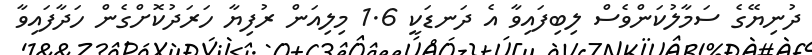
ދުނިޔޭގެ ސަމާލުކަންވެސް ލިބިފައިވާ އެ ދަނޑަކީ 1.6 މިލިއަން ރުފިޔާ ހަރަދުކޮށްގެން ހަދާފައިވާ